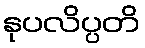
နုပလိပ္ပတိ